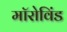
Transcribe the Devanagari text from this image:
मॉरोविंड